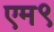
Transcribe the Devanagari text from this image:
एम९